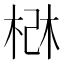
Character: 𰗰